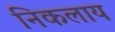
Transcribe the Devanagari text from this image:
निकलाय